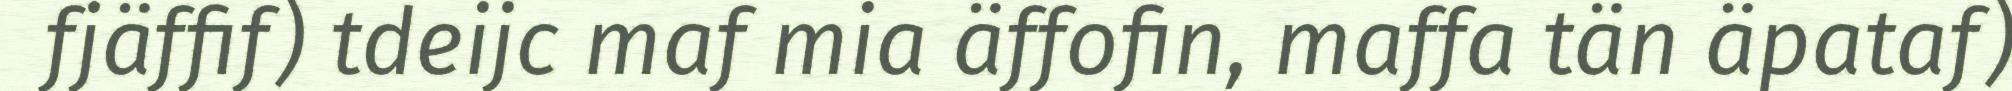
fjäffif) tdeijc maf mia äffofin, maffa tän äpataf)